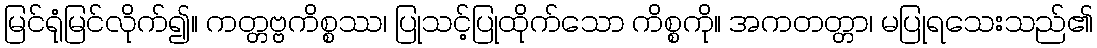
မြင်ရုံမြင်လိုက်၍။ ကတ္တဗ္ဗကိစ္စဿ၊ ပြုသင့်ပြုထိုက်သော ကိစ္စကို။ အကတတ္တာ၊ မပြုရသေးသည်၏